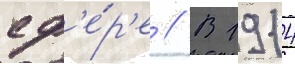
сф'е́р'е // В 1914